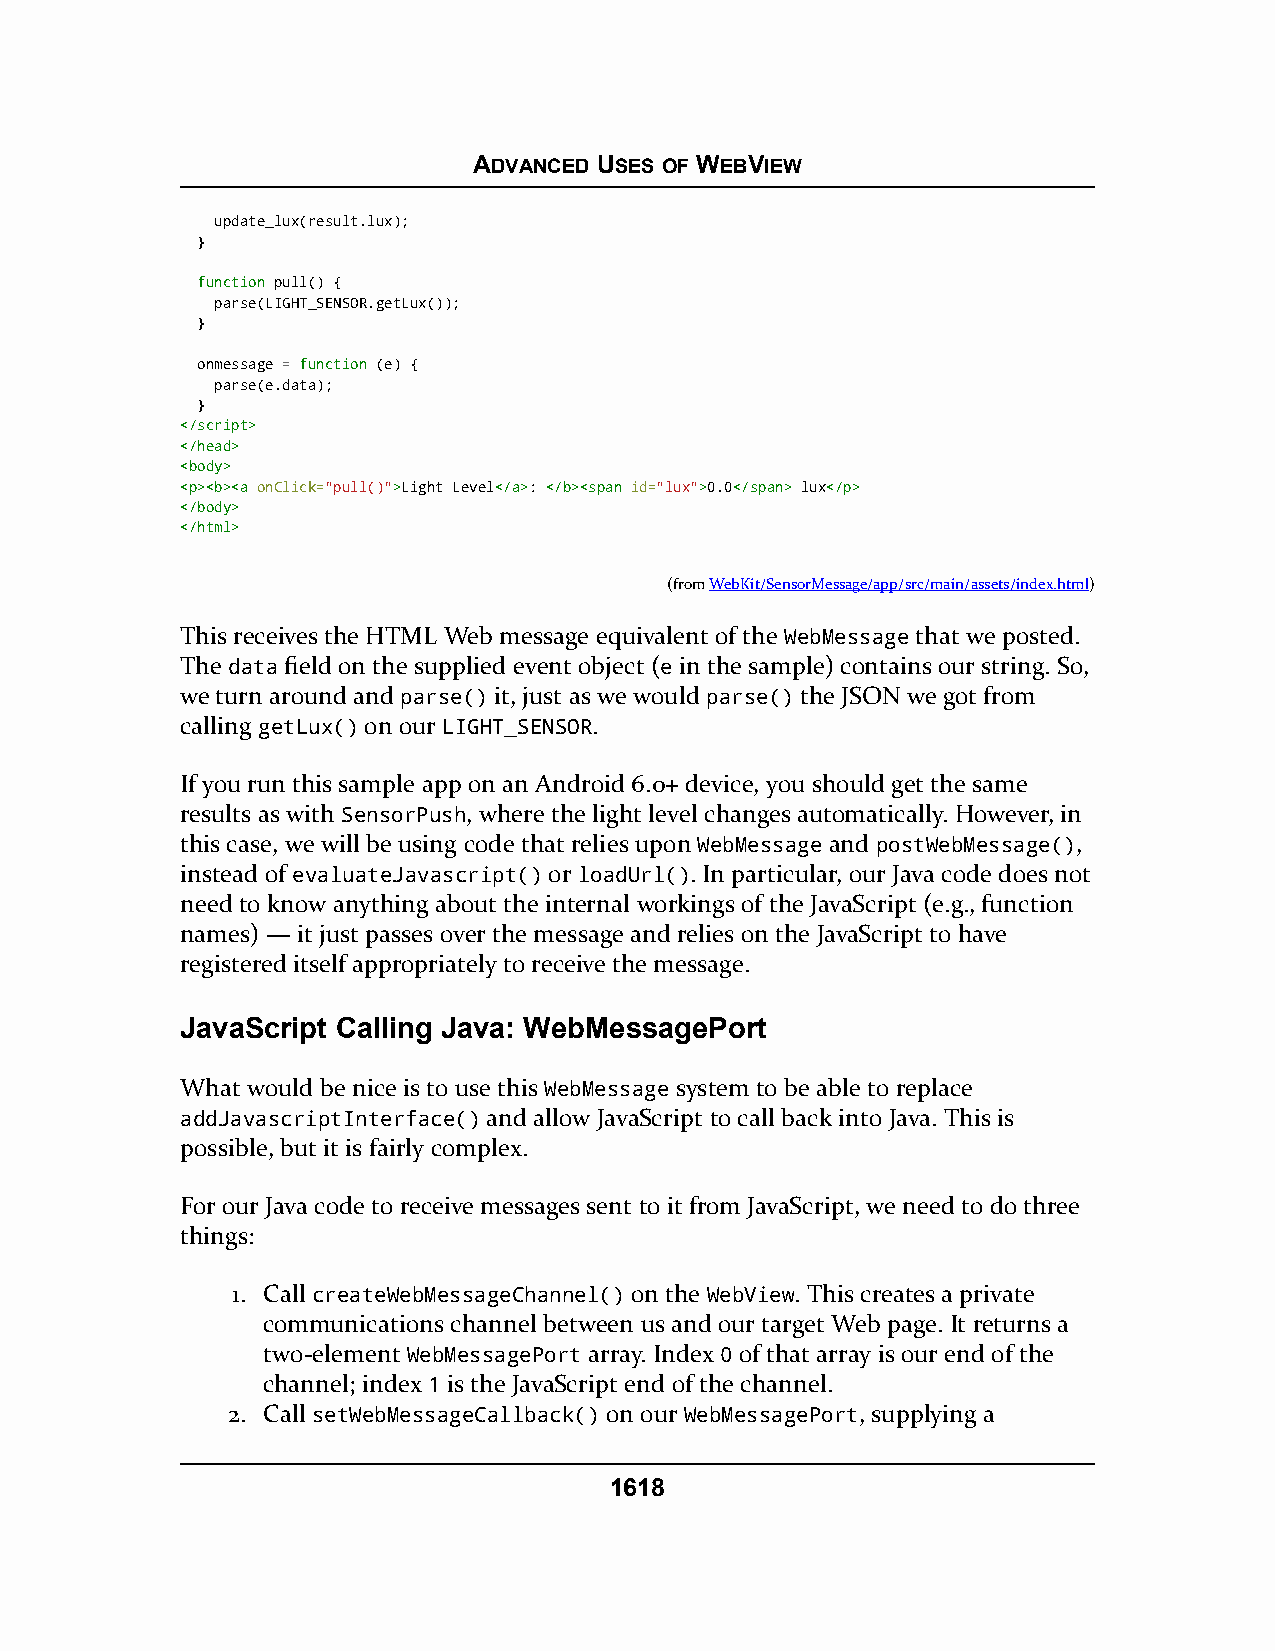
ADVANCED USES OF WEBVIEW
 update_lux(result.lux);
 }
 ffuunnccttiioonn pull() {
 parse(LIGHT_SENSOR.getLux());
 }
 onmessage = ffuunnccttiioonn (e) {
 parse(e.data);
 }
 <<//ssccrriipptt>>
 <<//hheeaadd>>
 <<bbooddyy>>
 <<pp>><<bb>><<aa onClick="pull()">>Light Level<<//aa>>: <<//bb>><<ssppaann id="lux">>0.0<<//ssppaann>> lux<<//pp>>
 <<//bbooddyy>>
 <<//hhttmmll>>
 (fromWebKit/SensorMessage/app/src/main/assets/index.html)
 This receives the HTML Web message equivalent of the WebMessage that we posted.
 The data field on the supplied event object (e in the sample) contains our string. So,
 we turn around and parse() it, just as we would parse() the JSON we got from
 calling getLux() on our LIGHT_SENSOR.
 If you run this sample app on an Android 6.0+ device, you should get the same
 results as with SensorPush, where the light level changes automatically. However, in
 this case, we will be using code that relies upon WebMessage and postWebMessage(),
 instead of evaluateJavascript() or loadUrl(). In particular, our Java code does not
 need to know anything about the internal workings of the JavaScript (e.g., function
 names) — it just passes over the message and relies on the JavaScript to have
 registered itself appropriately to receive the message.
 JavaScript Calling Java: WebMessagePort
 What would be nice is to use this WebMessage system to be able to replace
 addJavascriptInterface() and allow JavaScript to call back into Java. This is
 possible, but it is fairly complex.
 For our Java code to receive messages sent to it from JavaScript, we need to do three
 things:
 1. Call createWebMessageChannel() on the WebView. This creates a private
 communications channel between us and our target Web page. It returns a
 two-element WebMessagePort array. Index 0 of that array is our end of the
 channel; index 1 is the JavaScript end of the channel.
 2. Call setWebMessageCallback() on our WebMessagePort, supplying a
 1618